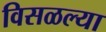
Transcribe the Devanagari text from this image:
विसळल्या